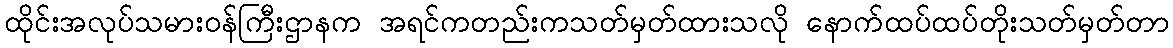
ထိုင်းအလုပ်သမားဝန်ကြီးဌာနက အရင်ကတည်းကသတ်မှတ်ထားသလို နောက်ထပ်ထပ်တိုးသတ်မှတ်တာ